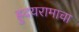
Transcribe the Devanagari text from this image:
ह्रुदयरामाचा